Annual report of the Camel Specialist
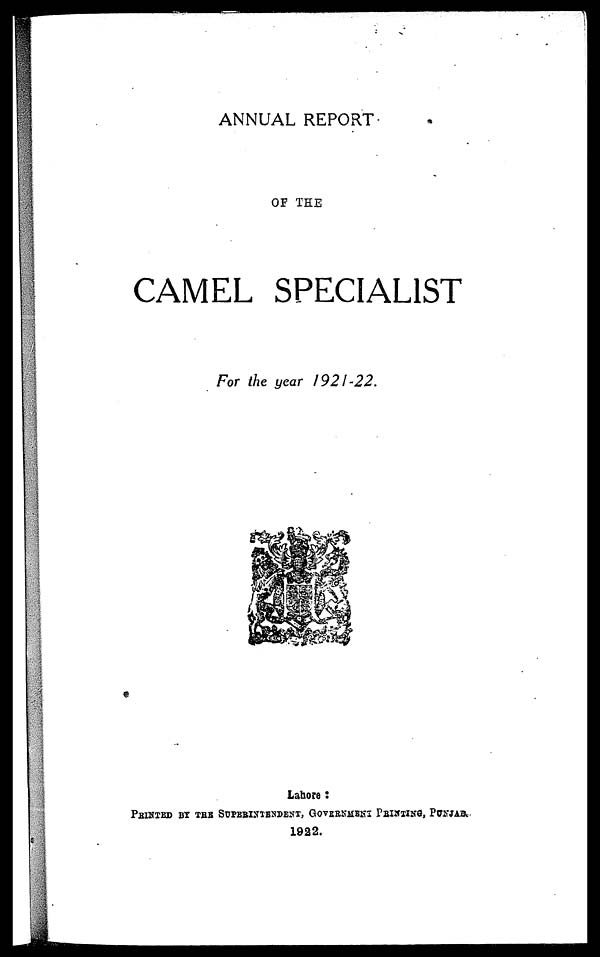
ANNUAL REPORT
OF THE
CAMEL SPECIALIST
For the year 1921-22.
Lahore:
PRINTED BY THE SUPERINTENDENT, GOVERNMENT PRINTING, PUNJAB.
1922.